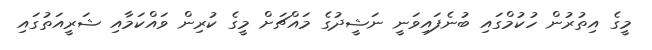
މީގެ އިތުރުން ހުކުމްގައި ބުނެފައިވަނީ ނަޝީދުގެ މައްޗަށް މީގެ ކުރިން ވައްކަމާއި ޝަރީއަތުގައި